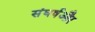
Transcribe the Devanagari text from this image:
संघर्षऔर